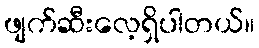
ဖျက်ဆီးလေ့ရှိပါတယ်။